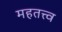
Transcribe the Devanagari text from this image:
महतत्त्व